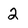
Character: 2